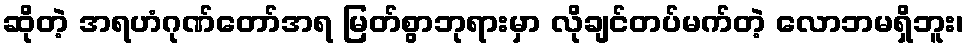
ဆိုတဲ့ အရဟံဂုဏ်တော်အရ မြတ်စွာဘုရားမှာ လိုချင်တပ်မက်တဲ့ လောဘမရှိဘူး၊